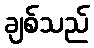
ချစ်သည်